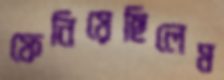
ফেনিয়েছিলেম